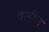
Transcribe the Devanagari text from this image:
वाहील